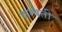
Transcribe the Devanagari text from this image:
कम्पती